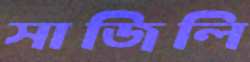
সাজিলি